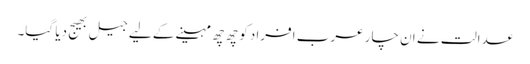
عدالت نے ان چار عرب افرادکو چھ چھ مہینے کے لیے جیل بھیج دِیا گیا۔